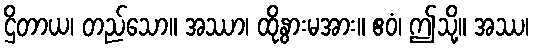
ဌိတာယ၊ တည်သော။ အဿာ၊ ထိုနွားမအား။ ဧဝံ၊ ဤသို့။ အဿ၊